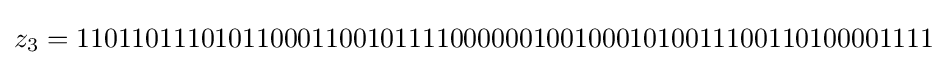
z_{3}=11011011101011000110010111100000010010001010011100110100001111